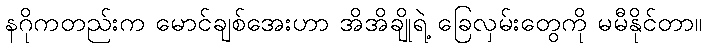
နဂိုကတည်းက မောင်ချစ်အေးဟာ အိအိချိုရဲ့ ခြေလှမ်းတွေကို မမီနိုင်တာ။